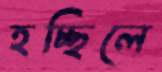
হচ্ছিলে